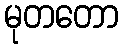
မုတတော